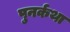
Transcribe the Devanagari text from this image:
पुनर्कथा